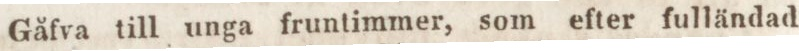
Gåfva till unga fruntimmer, som efter fulländad